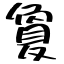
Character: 夐